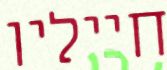
חייליו